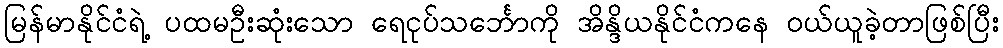
မြန်မာနိုင်ငံရဲ့ ပထမဦးဆုံးသော ရေငုပ်သင်္ဘောကို အိန္ဒိယနိုင်ငံကနေ ဝယ်ယူခဲ့တာဖြစ်ပြီး